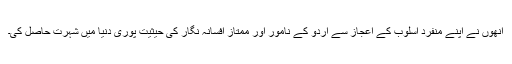
انھوں نے اپنے منفرد اسلوب کے اعجاز سے اردو کے نامور اور ممتاز افسانہ نگار کی حیثیت پوری دنیا میں شہرت حاصل کی۔